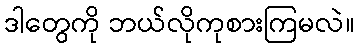
ဒါတွေကို ဘယ်လိုကုစားကြမလဲ။